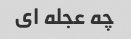
چه عجله ای